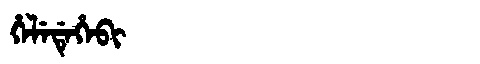
Manchu: ᡥᡝᠯᡝᡩᡝᡥᡝᠪᡳ
Romanization: HELEDEHEBI